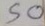
50